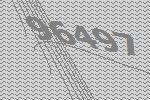
96497